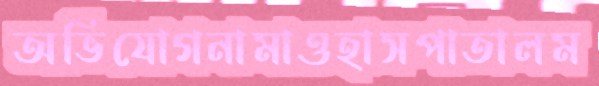
অভিযোগনামাওহাসপাতালম